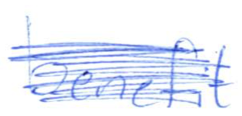
Text: can
Cross-out: scratch
Writing tool: ballpoint